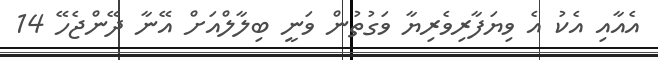
އެއާއި އެކު އެ ވިޔަފާރިވެރިޔާ ވަގުތުން ވަނީ ބިލާލްއަށް އޭނާ ދޭންޖެހޭ 14